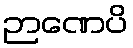
ဉာဏေပိ